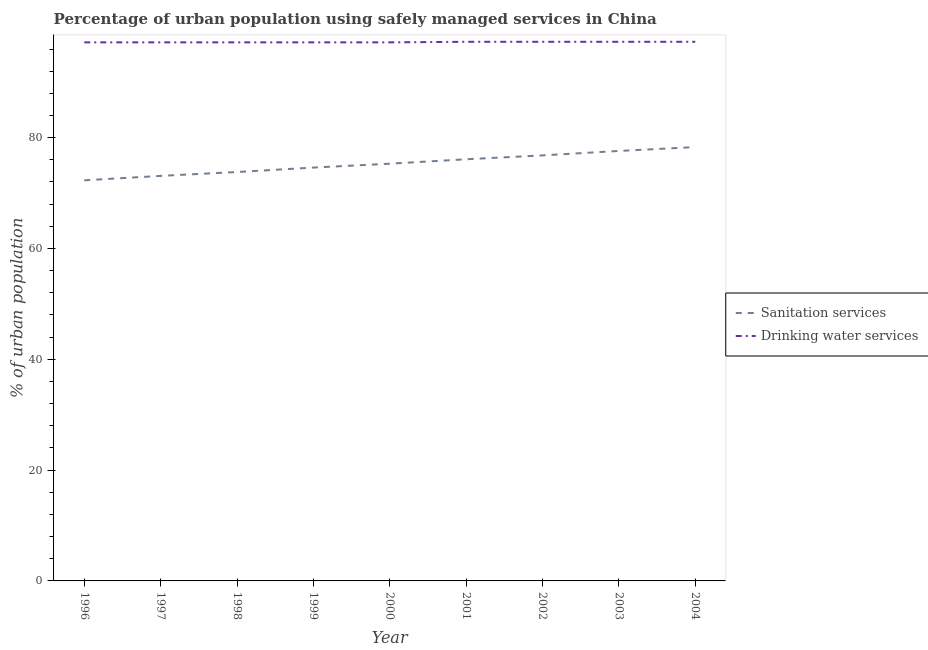
| Year | Sanitation services | Drinking water services |
 | --- | --- | --- |
 | 1996 | 72.3 | 97.2 |
 | 1997 | 73.1 | 97.2 |
 | 1998 | 73.8 | 97.2 |
 | 1999 | 74.6 | 97.2 |
 | 2000 | 75.3 | 97.2 |
 | 2001 | 76.1 | 97.3 |
 | 2002 | 76.8 | 97.3 |
 | 2003 | 77.6 | 97.3 |
 | 2004 | 78.3 | 97.3 |